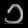
Digit: ၁